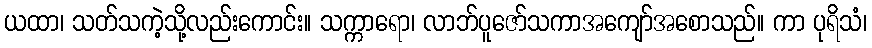
ယထာ၊ သတ်သကဲ့သို့လည်းကောင်း။ သက္ကာရော၊ လာဘ်ပူဇော်သကာအကျော်အစောသည်။ ကာ ပုရိသံ၊